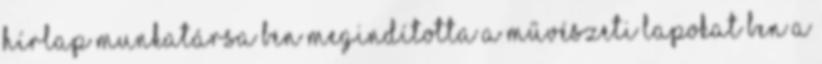
Hírlap munkatársa ben megindította a Művészeti Lapokat ben a